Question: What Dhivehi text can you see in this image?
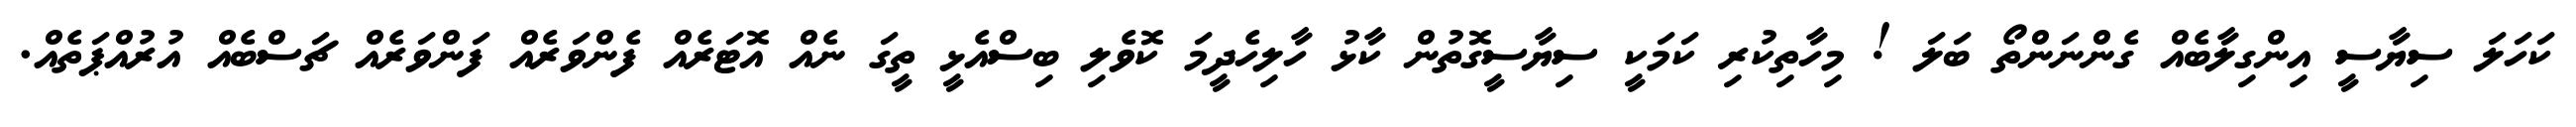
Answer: ކަހަލަ ސިޔާސީ އިންގިލާބެއް ގެންނަންތޯ ބަލަ ! މިހާތިކުރި ކަމަކީ ސިޔާސީގޮތުން ކާޅު ހާލިހެދީމަ ކޮވެލި ބިސްއެޅީ ތީގަ ނެއް އޮޓަރެއް ފެންވަރެއް ފަންވަރެއް ޗަސްބެއް އުރުއްޕަތެއް.